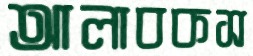
আলাবকস